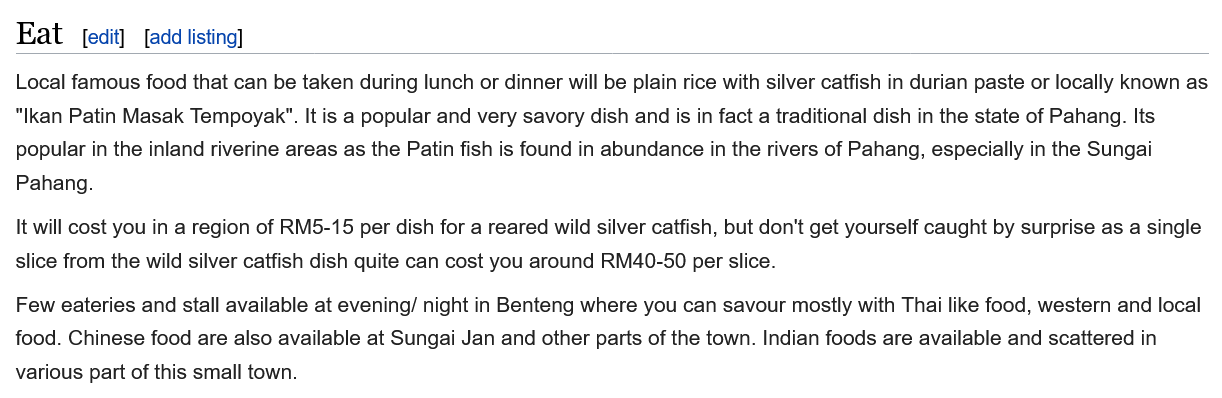
Eat
  Local famous food that can be taken during lunch or dinner will be plain rice with silver catfish in durian paste or locally known as
  "Ikan Patin Masak Tempoyak". It is a popular and very savory dish and is in fact a traditional dish in the state of Pahang. Its
  popular in the inland riverine areas as the Patin fish is found in abundance in the rivers of Pahang, especially in the Sungai
  Pahang.
  It will cost you in a region of RM5-15 per dish for a reared wild silver catfish, but don't get yourself caught by surprise as a single
  slice from the wild silver catfish dish quite can cost you around RM40-50 per slice.
  Few eateries and stall available at evening/ night in Benteng where you can savour mostly with Thai like food, western and local
  food. Chinese food are also available at Sungai Jan and other parts of the town. Indian foods are available and scattered in
  various part of this small town.
     [add listing] [edit]